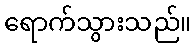
ရောက်သွားသည်။